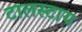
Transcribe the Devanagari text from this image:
टालस्‍टाय